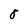
Character: 8